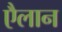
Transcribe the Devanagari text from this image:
एैलान